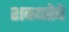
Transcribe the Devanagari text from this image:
शक्यतेचे